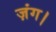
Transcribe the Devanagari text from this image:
ज़ंग।